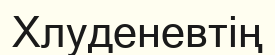
Хлуденевтің